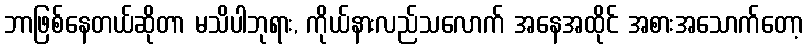
ဘာဖြစ်နေတယ်ဆိုတာ မသိပါဘုရား, ကိုယ်နားလည်သလောက် အနေအထိုင် အစားအသောက်တော့